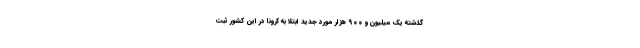
گذشته یک میلیون و ۹۰۰ هزار مورد جدید ابتلا به کرونا در این کشور ثبت